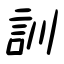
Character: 訓